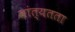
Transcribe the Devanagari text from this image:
सांत्यतता